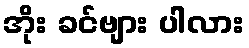
အိုး ခင်ဗျား ပါလား